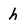
Character: h